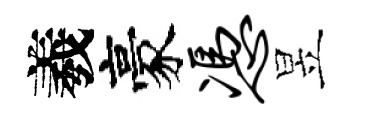
羲豪凭昱